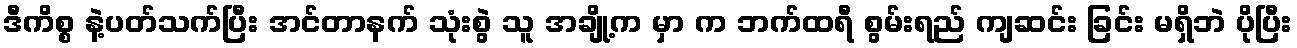
ဒီကိစ္စ နဲ့ပတ်သက်ပြီး အင်တာနက် သုံးစွဲ သူ အချို့က မှာ က ဘက်ထရီ စွမ်းရည် ကျဆင်း ခြင်း မရှိဘဲ ပိုပြီး